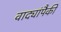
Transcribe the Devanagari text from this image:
वाद्यांपैकी